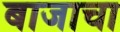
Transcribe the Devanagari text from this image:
बाजाचा